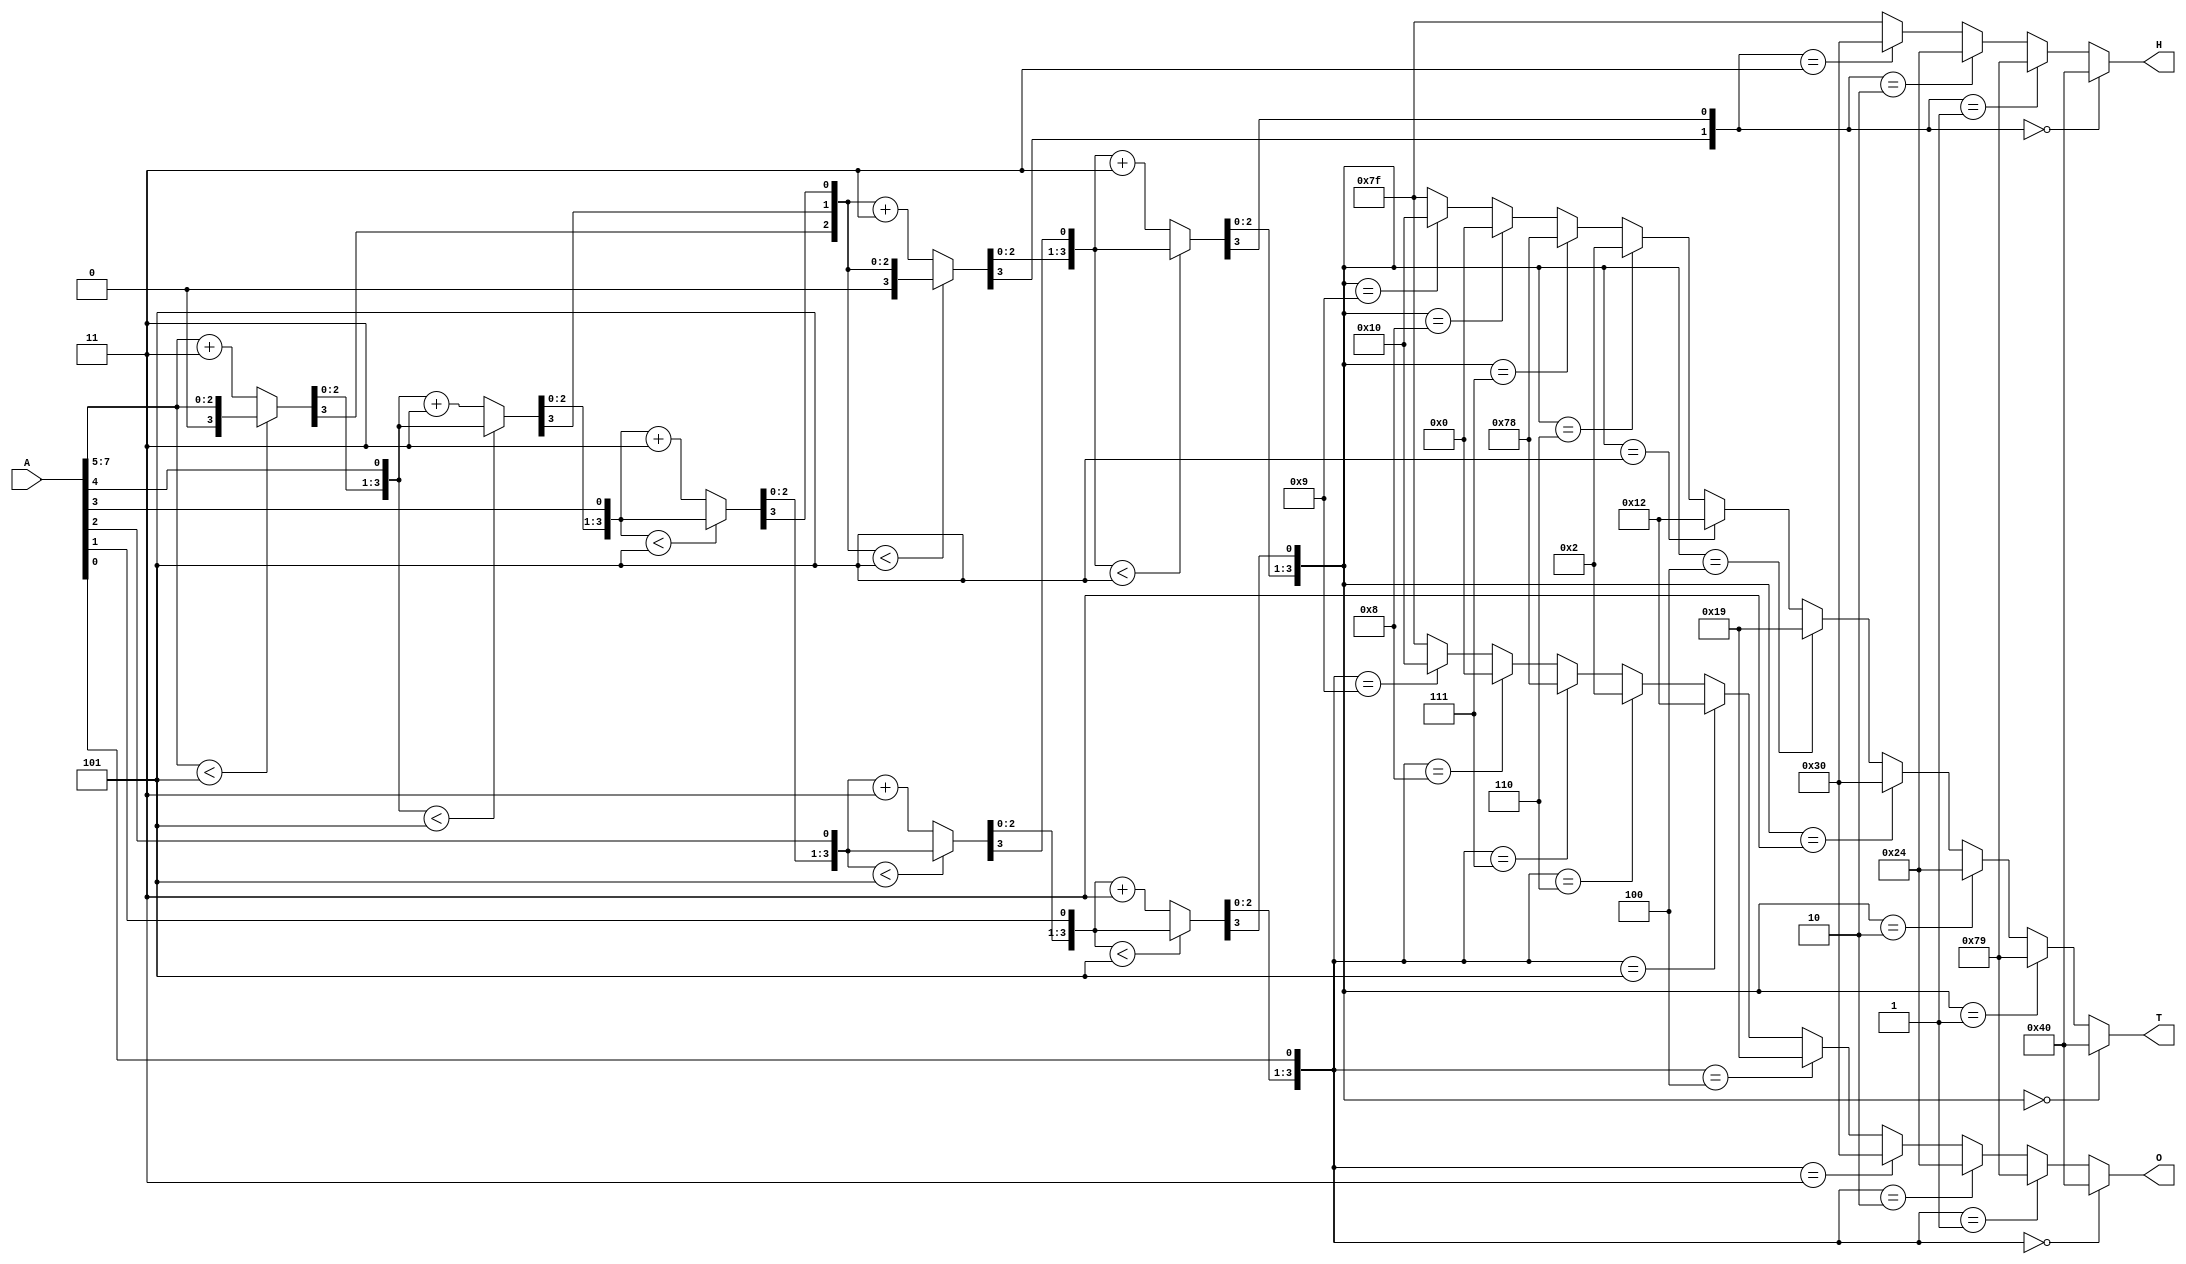
module SevenSegment(A,O,T,H);
input [7:0]A;

reg [3:0]o;
reg [3:0]t;
reg [3:0]h;

output reg [6:0]O;
output reg [6:0]T;
output reg [6:0]H;

reg [3:0]R1,R2,R3,R4,R5,R6,R7;
always @*
begin
R1=out({1'b0,A[7:5]});
R2=out({R1[2:0],A[4]});
R3=out({R2[2:0],A[3]});
R4=out({R3[2:0],A[2]});
R5=out({R4[2:0],A[1]});
R6=out({1'b0,R1[3],R2[3],R3[3]});
R7=out({R6[2:0],R4[3]});

o={R5[2:0],A[0]};
t={R7[2:0],R5[3]};
h={1'b0,1'b0,R6[3],R7[3]};

O=Hex(o);
T=Hex(t);
H=Hex(h);
end

function [3:0]out(input [3:0]in);
begin
/*case(in) 
// smaller than 5 as it is
4'b0000: out=4'b0000;//0
4'b0001: out=4'b0001;//1
4'b0010: out=4'b0010;//2
4'b0011: out=4'b0011;//3
4'b0100: out=4'b0100;//4

// add 3 to greater than or equal 5
4'b0101: out=4'b1000;//5 --> 8
4'b0110: out=4'b1001;//6 --> 9
4'b0111: out=4'b1010;//7 --> 10
4'b1000: out=4'b1011;//8 --> 11
4'b1001: out=4'b1100;//9 --> 12
endcase*/
if(in<4'd5)
out=in;
else
out=in+3;
end
endfunction

function [6:0]Hex(input [3:0] temp);
begin
if(temp==4'b0000)
Hex=7'b1000000; //0
else if(temp==4'b0001)
Hex=7'b1111001; //1
else if(temp==4'b0010)
Hex=7'b0100100; //2
else if(temp==4'b0011)
Hex=7'b0110000; //3
else if(temp==4'b0100)
Hex=7'b0011001; //4
else if(temp==4'b0101)
Hex=7'b0010010; //5
else if(temp==4'b0110)
Hex=7'b0000010; //6
else if(temp==4'b0111)
Hex=7'b1111000; //7
else if(temp==4'b1000)
Hex=7'b0000000; //8
else if(temp==4'b1001)
Hex=7'b0010000; //9
else
Hex=7'b1111111;
end 
endfunction
// Assigning the 

endmodule